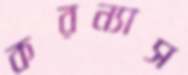
করন্যাস